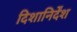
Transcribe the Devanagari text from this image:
दिशानिर्देंश